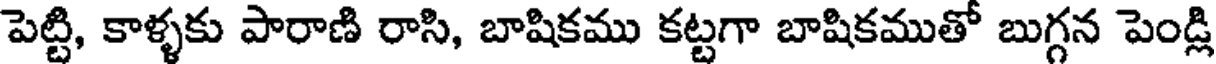
పెట్టి, కాళ్ళకు పారాణి రాసి, బాషికము కట్టగా బాషికముతో బుగ్గన పెండ్లి